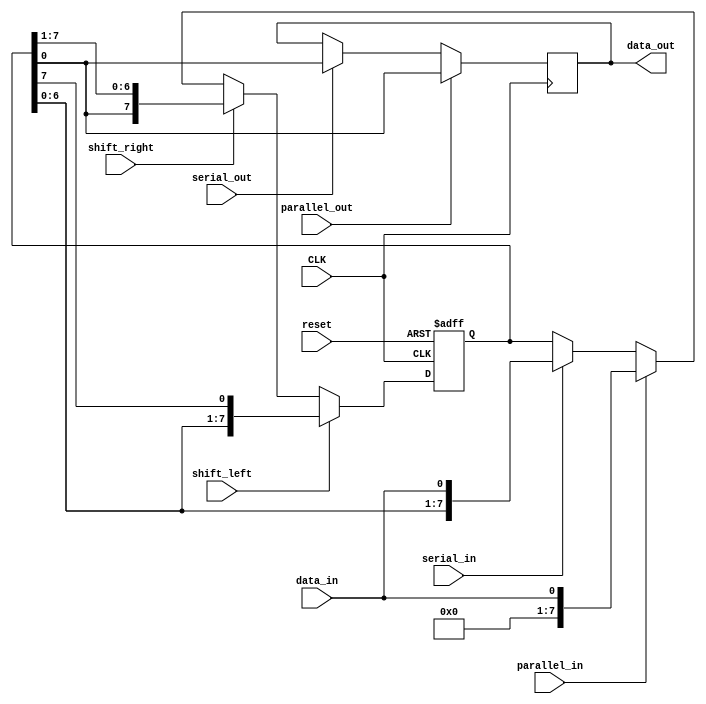
module universal_shift_register(
  input wire CLK, // Clock signal
  input wire reset, // Reset signal
  input wire shift_left, // Control signal for left shift
  input wire shift_right, // Control signal for right shift
  input wire parallel_in, // Control signal for parallel input
  input wire parallel_out, // Control signal for parallel output
  input wire serial_in, // Control signal for serial input
  input wire serial_out, // Control signal for serial output
  input wire data_in, // Data input
  output reg data_out // Data output
);

reg [7:0] shift_reg; // 8-bit shift register

always @(posedge CLK or posedge reset)
begin
  if(reset)
    shift_reg <= 8'b00000000;
  else if(shift_left)
    shift_reg <= {shift_reg[6:0], shift_reg[7]};
  else if(shift_right)
    shift_reg <= {shift_reg[0], shift_reg[7:1]};
  else if(parallel_in)
    shift_reg <= data_in;
  else if(serial_in)
    shift_reg <= {shift_reg[6:0], data_in};
  else
    shift_reg <= shift_reg;
end

always @(posedge CLK)
begin
  if(parallel_out)
    data_out <= shift_reg;
  else if(serial_out)
    data_out <= shift_reg[0];
end

endmodule